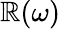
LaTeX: \mathbb{R}(\omega)